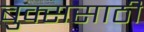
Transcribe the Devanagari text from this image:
बुक्ससाठी